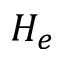
H _ { e }